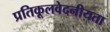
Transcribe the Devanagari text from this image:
प्रतिकूलवेदनीयता